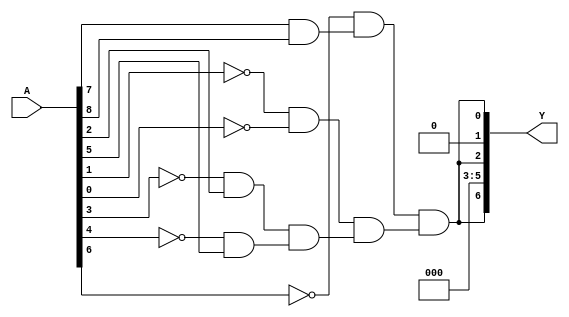
/* Generated by Yosys 0.28+1 (git sha1 a9c792dce, clang 10.0.0-4ubuntu1 -fPIC -Os) */

(* hdlname = "\\\\meme" *)
(* top =  1  *)
(* src = "meme.v:3.1-13.10" *)
module meme(A, Y);
  wire _00_;
  wire _01_;
  wire _02_;
  wire _03_;
  wire _04_;
  wire _05_;
  wire _06_;
  (* src = "meme.v:5.17-5.18" *)
  wire _07_;
  (* src = "meme.v:5.17-5.18" *)
  wire _08_;
  (* src = "meme.v:5.17-5.18" *)
  wire _09_;
  (* src = "meme.v:5.17-5.18" *)
  wire _10_;
  (* src = "meme.v:5.17-5.18" *)
  wire _11_;
  (* src = "meme.v:5.17-5.18" *)
  wire _12_;
  (* src = "meme.v:5.17-5.18" *)
  wire _13_;
  (* src = "meme.v:5.17-5.18" *)
  wire _14_;
  (* src = "meme.v:5.17-5.18" *)
  wire _15_;
  (* src = "meme.v:6.22-6.23" *)
  wire _16_;
  wire _17_;
  wire _18_;
  wire _19_;
  wire _20_;
  wire _21_;
  wire _22_;
  wire _23_;
  wire _24_;
  wire _25_;
  wire _26_;
  wire _27_;
  wire _28_;
  wire _29_;
  wire _30_;
  wire _31_;
  wire _32_;
  wire _33_;
  wire _34_;
  wire _35_;
  wire _36_;
  (* src = "meme.v:5.17-5.18" *)
  input [8:0] A;
  wire [8:0] A;
  (* src = "meme.v:6.22-6.23" *)
  output [6:0] Y;
  wire [6:0] Y;
  assign _17_ = ~_08_;
  assign _18_ = ~_07_;
  assign _19_ = ~_10_;
  assign _20_ = ~_11_;
  assign _21_ = ~_13_;
  assign _22_ = ~(_14_ & _15_);
  assign _23_ = ~_22_;
  assign _24_ = ~(_21_ & _23_);
  assign _25_ = ~_24_;
  assign _26_ = ~(_17_ & _18_);
  assign _27_ = ~_26_;
  assign _28_ = ~(_19_ & _09_);
  assign _29_ = ~_28_;
  assign _30_ = ~(_20_ & _12_);
  assign _31_ = ~_30_;
  assign _32_ = ~(_29_ & _31_);
  assign _33_ = ~_32_;
  assign _34_ = ~(_27_ & _33_);
  assign _35_ = ~_34_;
  assign _36_ = ~(_25_ & _35_);
  assign _16_ = ~_36_;
  assign Y[5:0] = { 3'h0, Y[6], 1'h0, Y[6] };
  assign _08_ = A[1];
  assign _07_ = A[0];
  assign _10_ = A[3];
  assign _09_ = A[2];
  assign _11_ = A[4];
  assign _12_ = A[5];
  assign _13_ = A[6];
  assign _14_ = A[7];
  assign _15_ = A[8];
  assign Y[6] = _16_;
endmodule